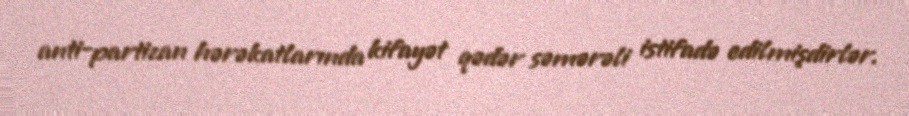
anti-partizan hərəkatlarında kifayət qədər səmərəli istifadə edilmişdirlər.